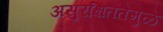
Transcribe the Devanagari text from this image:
असुरक्षिततेमुळे